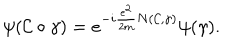
\psi ( { \cal C } \circ \gamma ) = e ^ { - i \frac { e ^ { 2 } } { 2 m } N ( { \cal C } , \gamma ) } \psi ( \gamma ) .